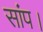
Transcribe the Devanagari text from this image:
सांप।